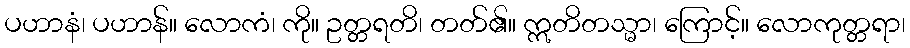
ပဟာနံ၊ ပဟာန်။ လောကံ၊ ကို။ ဥတ္တရတိ၊ တတ်၏။ ဣတိတသ္မာ၊ ကြောင့်။ လောကုတ္တရာ၊